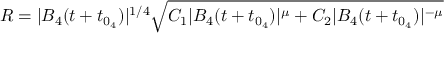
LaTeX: R = | B _ { 4 } ( t + t _ { 0 _ { 4 } } ) | ^ { 1 / 4 } \sqrt { C _ { 1 } | B _ { 4 } ( t + t _ { 0 _ { 4 } } ) | ^ { \mu } + C _ { 2 } | B _ { 4 } ( t + t _ { 0 _ { 4 } } ) | ^ { - \mu } }